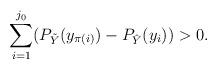
LaTeX: \begin{align*}\sum^{j_0}_{i=1} ( P_{\tilde Y} (y_{\pi (i)}) - P_{\hat{Y}} (y_i)) > 0 .\end{align*}